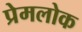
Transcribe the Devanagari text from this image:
प्रेमलोक